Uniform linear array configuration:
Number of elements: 16
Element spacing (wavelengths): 0.25
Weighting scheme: blackman
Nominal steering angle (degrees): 45
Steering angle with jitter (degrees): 43.705
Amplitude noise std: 0.05
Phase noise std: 0.05

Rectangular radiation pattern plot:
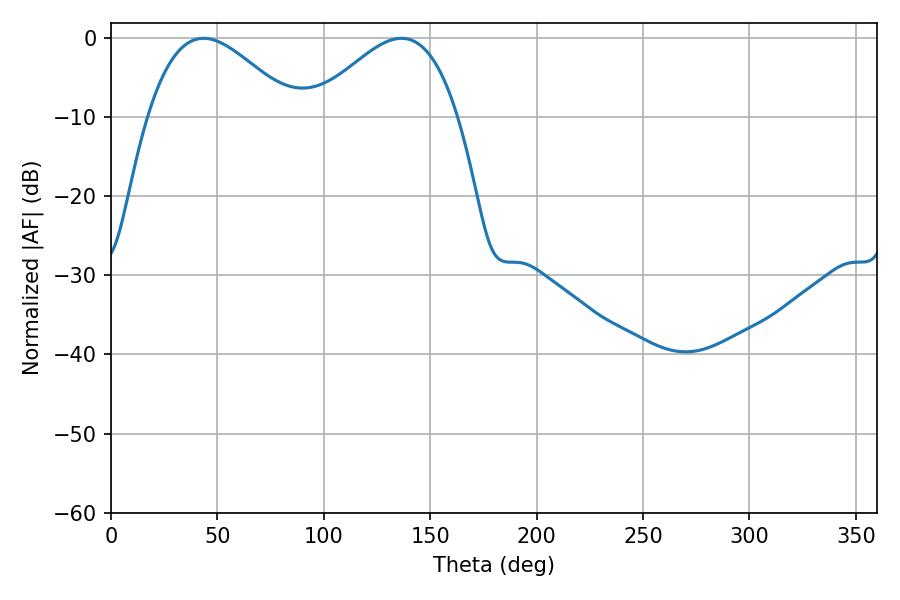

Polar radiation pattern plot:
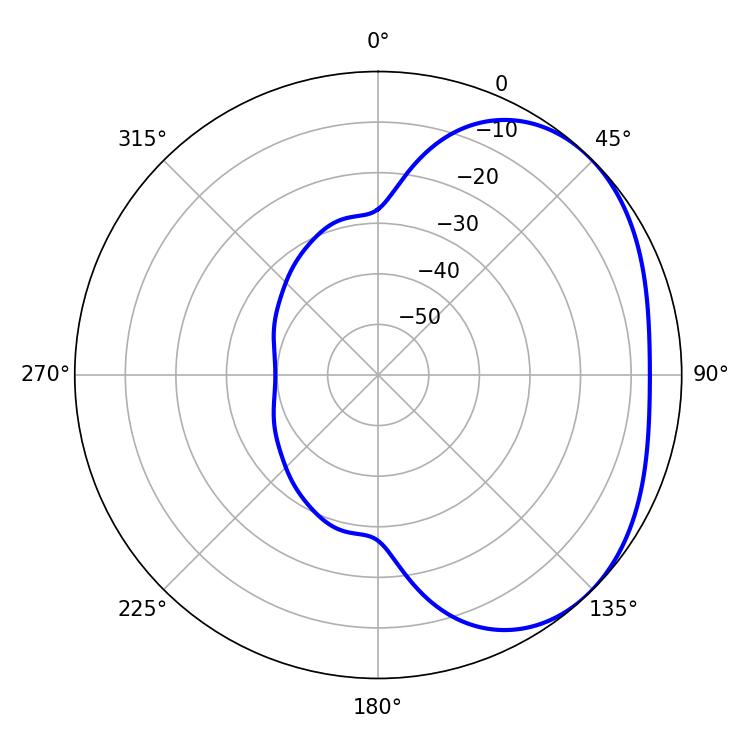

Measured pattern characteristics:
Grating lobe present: FALSE
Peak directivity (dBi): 2.816
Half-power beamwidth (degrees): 36.9
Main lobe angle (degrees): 43.56